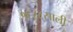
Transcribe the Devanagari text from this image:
१६८८साली